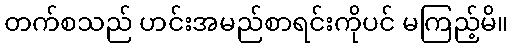
တက်စသည် ဟင်းအမည်စာရင်းကိုပင် မကြည့်မိ။